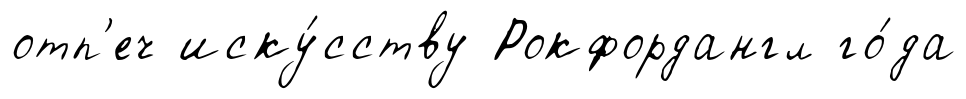
отп'еч иску́сству Рокфордангл го́да